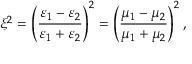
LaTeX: \xi ^ { 2 } = \left( \frac { \varepsilon _ { 1 } - \varepsilon _ { 2 } } { \varepsilon _ { 1 } + \varepsilon _ { 2 } } \right) ^ { 2 } = \left( \frac { \mu _ { 1 } - \mu _ { 2 } } { \mu _ { 1 } + \mu _ { 2 } } \right) ^ { 2 } ,